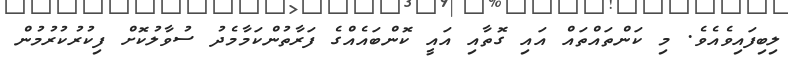
ލިބިފައިވެއެވެ. މި ކަންތައްތައް އައި ގޮތާއި އައީ ކޮންބައެއްގެ ފަރާތުންކަމާމެދު ސުވާލުކޮށް ފިކުރުކުރުމުން